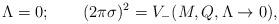
LaTeX: \begin{align*}\Lambda = 0; \qquad(2\pi\sigma)^2 = V_-(M,Q,\Lambda\to0),\end{align*}